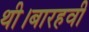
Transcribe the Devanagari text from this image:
थी।बारहवी